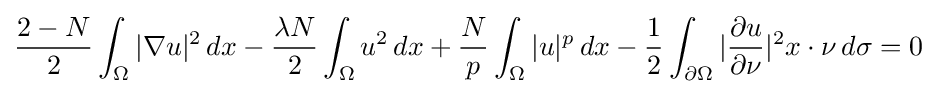
{\frac {2-N}{2}}\int _{\Omega }|\nabla u|^{2}\,dx-{\frac {\lambda N}{2}}\int _{\Omega }u^{2}\,dx+{\frac {N}{p}}\int _{\Omega }|u|^{p}\,dx-{\frac {1}{2}}\int _{\partial \Omega }|{\frac {\partial u}{\partial \nu }}|^{2}x\cdot \nu \,d\sigma =0